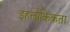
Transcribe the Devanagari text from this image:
इहलौकिकता